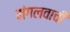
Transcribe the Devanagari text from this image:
मंगलवाची